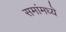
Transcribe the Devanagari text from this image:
समांमध्ये